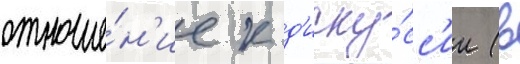
отноше́н'ие к д'иску́сс'ии (в